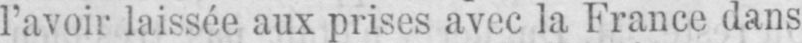
l’avoir laissée aux prises avec la France dans